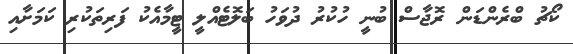
ކޯޗު ބްރެންޑަން ރޮޖާސް ބުނީ ހުކުރު ދުވަހު ބަލޮޓެއްލީ ޓީމާއެކު ފަރިތަކުރި ކަމަށާއި